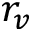
r _ { v }